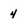
Character: 4